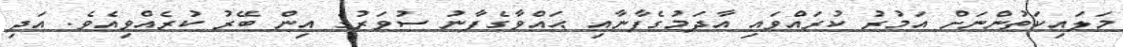
މަލައިކަތުންނަށް އަމުރު ކުރައްވައި އާދަމުގެފާނާއި ޙައްވާގެފާނު ސުވަރުގެ އިން ބޭރު ކުރެއްވިއެވެ. އަދި